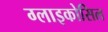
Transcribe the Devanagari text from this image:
ग्लाइकोसिल